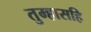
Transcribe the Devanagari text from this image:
तुम्हासहि